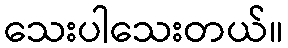
သေးပါသေးတယ်။